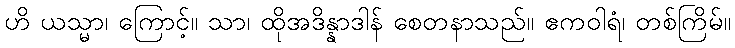
ဟိ ယသ္မာ၊ ကြောင့်။ သာ၊ ထိုအဒိန္နာဒါန် စေတနာသည်။ ဧကဝါရံ၊ တစ်ကြိမ်။